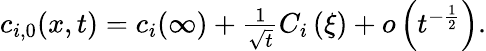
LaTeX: \begin{array}{r}{c_{i,0}(x,t)=c_{i}(\infty)+\frac{1}{\sqrt{t}}C_{i}\left(\xi\right)+o\left(t^{-\frac{1}{2}}\right).}\end{array}